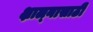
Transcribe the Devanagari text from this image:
क्षाल्नासाठी